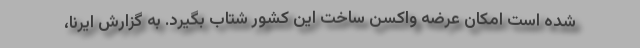
شده است امکان عرضه واکسن ساخت این کشور شتاب بگیرد. به گزارش ایرنا،